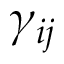
\gamma _ { i j }